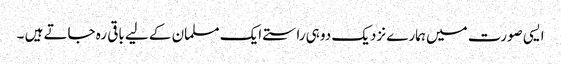
ایسی صورت میں ہمارے نزدیک دو ہی راستے ایک مسلمان کے لیے باقی رہ جاتے ہیں ۔